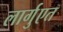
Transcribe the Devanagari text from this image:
लार्गुएत